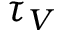
\tau _ { V }